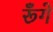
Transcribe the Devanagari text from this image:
रूँगे